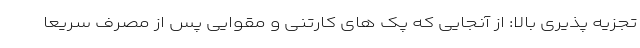
تجزیه پذیری بالا: از آنجایی که پک های کارتنی و مقوایی پس از مصرف سریعا